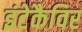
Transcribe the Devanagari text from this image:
इंटेकैविर